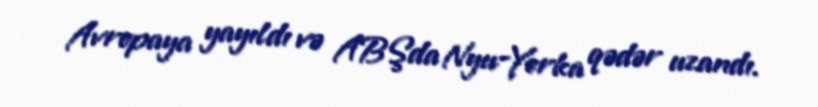
Avropaya yayıldı və ABŞda Nyu-Yorka qədər uzandı.